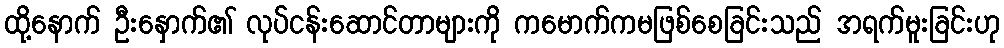
ထို့နောက် ဦးနှောက်၏ လုပ်ငန်းဆောင်တာများကို ကမောက်ကမဖြစ်စေခြင်းသည် အရက်မူးခြင်းဟု